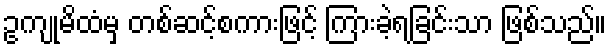
ဥကျုမိထံမှ တစ်ဆင့်စကားဖြင့် ကြားခဲ့ရခြင်းသာ ဖြစ်သည်။